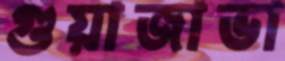
গুয়াজাভা